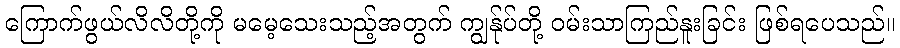
ကြောက်ဖွယ်လိလိတို့ကို မမေ့သေးသည့်အတွက် ကျွန်ုပ်တို့ ဝမ်းသာကြည်နူးခြင်း ဖြစ်ရပေသည်။